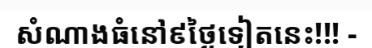
សំណាងធំនៅ៩ថ្ងៃទៀតនេះ!!! -